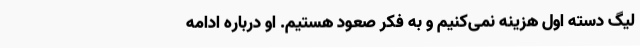
لیگ دسته اول هزینه نمی‌کنیم و به فکر صعود هستیم. او درباره ادامه